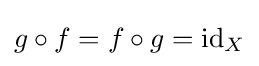
g\circ f=f\circ g=\operatorname {id} _{X}